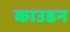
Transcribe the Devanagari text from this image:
काउडन